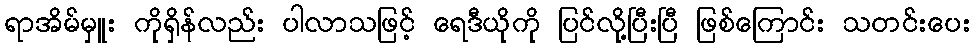
ရာအိမ်မှူး ကိုရှိန်လည်း ပါလာသဖြင့် ရေဒီယိုကို ပြင်လို့ပြီးပြီ ဖြစ်ကြောင်း သတင်းပေး